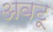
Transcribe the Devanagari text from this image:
अवटू